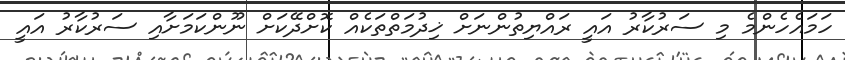
ހަމައެހެންމެ މި ސަރުކާރު އައީ ރައްޔިތުންނަށް ޚިދުމަތްތަކެއް ކޮށްދޭކަށް ނޫންކަމަށާއި ސަރުކާރު އައީ